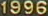
1996